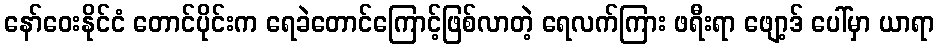
နော်ဝေးနိုင်ငံ တောင်ပိုင်းက ရေခဲတောင်ကြောင့်ဖြစ်လာတဲ့ ရေလက်ကြား ဖရီးရာ ဖျော့ဒ် ပေါ်မှာ ယာရာ